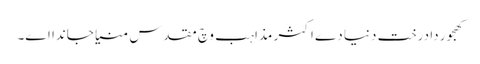
کھجور دا درخت دنیا دے اکثر مذاہب وچ مقدس منیا جاندا ا‏‏ے۔